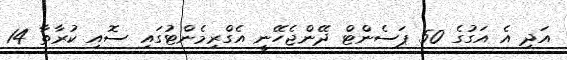
އަދި އެ އަގުގެ 50 ޕަސެންޓް ދޭންޖެހޭނީ އެގްރިމެންޓުގައި ސޮއި ކުރާތާ 14